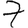
Digit: 7